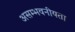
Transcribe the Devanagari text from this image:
असम्भवनीयता